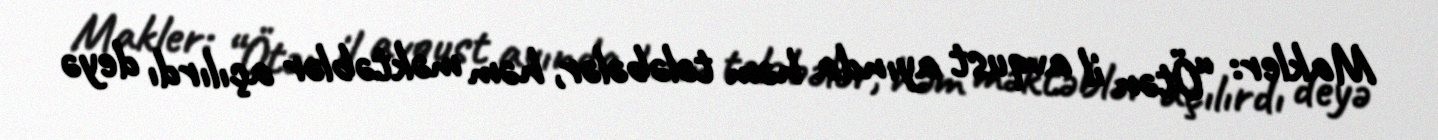
Makler: “Ötən il avqust ayında həm tələbələr, həm məktəblər açılırdı deyə